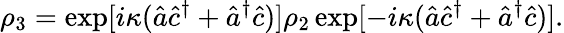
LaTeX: \rho_{3}=\exp[i\kappa(\hat{a}\hat{c}^{\dagger}+\hat{a}^{\dagger}\hat{c})]\rho_{2}\exp[-i\kappa(\hat{a}\hat{c}^{\dagger}+\hat{a}^{\dagger}\hat{c})].